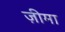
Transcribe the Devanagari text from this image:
ज़ीमा